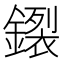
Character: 𰽊